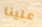
علينا